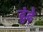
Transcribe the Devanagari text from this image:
ढुंढ़े